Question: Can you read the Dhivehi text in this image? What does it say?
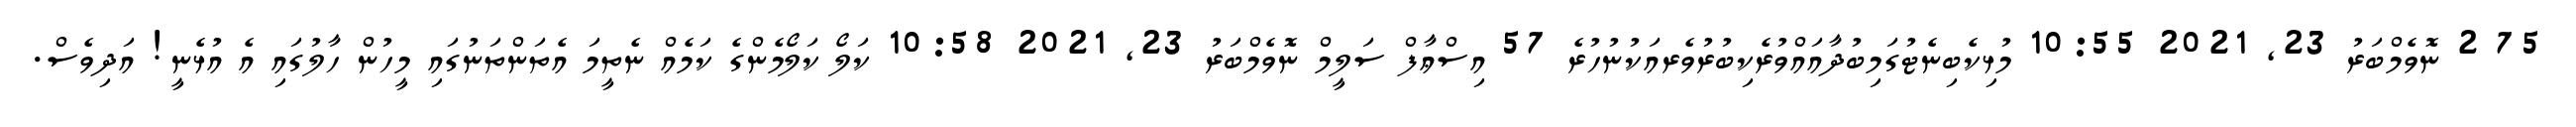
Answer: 75 2 ނޮވެމްބަރު 23, 2021 10:55 މުޅިކެބިނެޓުގަމިބުދާއައްވުރެކިބުރުވެރއަކުނުހުރެ 57 އިސްޢާފް ސަލީމް ނޮވެމްބަރު 23, 2021 10:58 ކަލޯ ކަލޯމެންގެ ކަމެއް ނެތީމަ އެތަންތަނުގައި މީހުން ހާލުގައި އެ އުޅެނީ! އަދިވެސް.